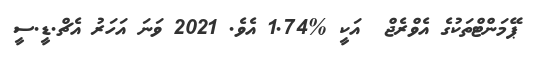
ޕޭމަންޓްތަކުގެ އެވްރެޖް  އަކީ %1.74 އެވެ. 2021 ވަނަ އަހަރު އެޗް.ޑީ.ސީ